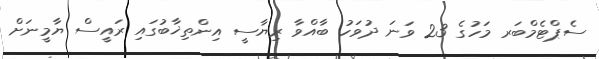
ސެޕްޓެމްބަރ މަހުގެ 23 ވަނަ ދުވަހު ބާއްވާ ރިޔާސީ އިންތިޚާބުގައި ރައީސް ޔާމީނަށް